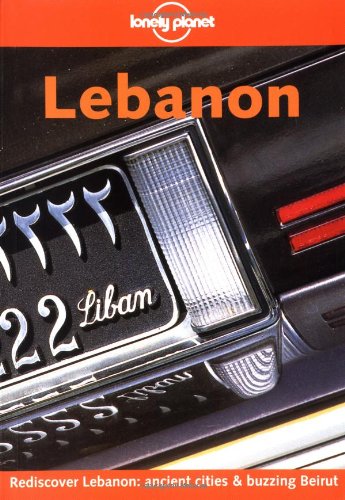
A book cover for Lonely Planet Lebanon; Siona Jenkins; Travel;